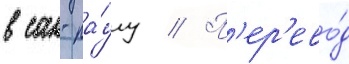
в сан-па́улу // П'ер'ево́д